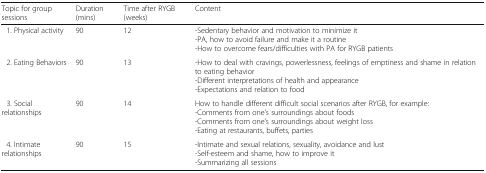
<table><thead><tr><td><b>Topic for group sessions</b></td><td><b>Duration (mins)</b></td><td><b>Time after RYGB (weeks)</b></td><td><b>Content</b></td></tr></thead><tbody><tr><td> 1. Physical activity</td><td>90</td><td>12</td><td>-Sedentary behavior and motivation to minimize it-PA, how to avoid failure and make it a routine-How to overcome fears/difficulties with PA for RYGB patients</td></tr><tr><td> 2. Eating Behaviors</td><td>90</td><td>13</td><td>-How to deal with cravings, powerlessness, feelings of emptiness and shame in relation to eating behavior-Different interpretations of health and appearance-Expectations and relation to food</td></tr><tr><td> 3. Social relationships</td><td>90</td><td>14</td><td>How to handle different difficult social scenarios after RYGB, for example:-Comments from one’s surroundings about foods-Comments from one’s surroundings about weight loss-Eating at restaurants, buffets, parties</td></tr><tr><td> 4. Intimate relationships</td><td>90</td><td>15</td><td>-Intimate and sexual relations, sexuality, avoidance and lust-Self-esteem and shame, how to improve it-Summarizing all sessions</td></tr></tbody></table>